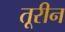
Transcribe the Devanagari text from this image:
तूरीन